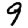
Digit: 9